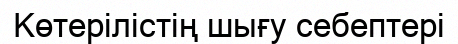
Көтерілістің шығу себептері